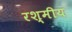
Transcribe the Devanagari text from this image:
रश्मीय